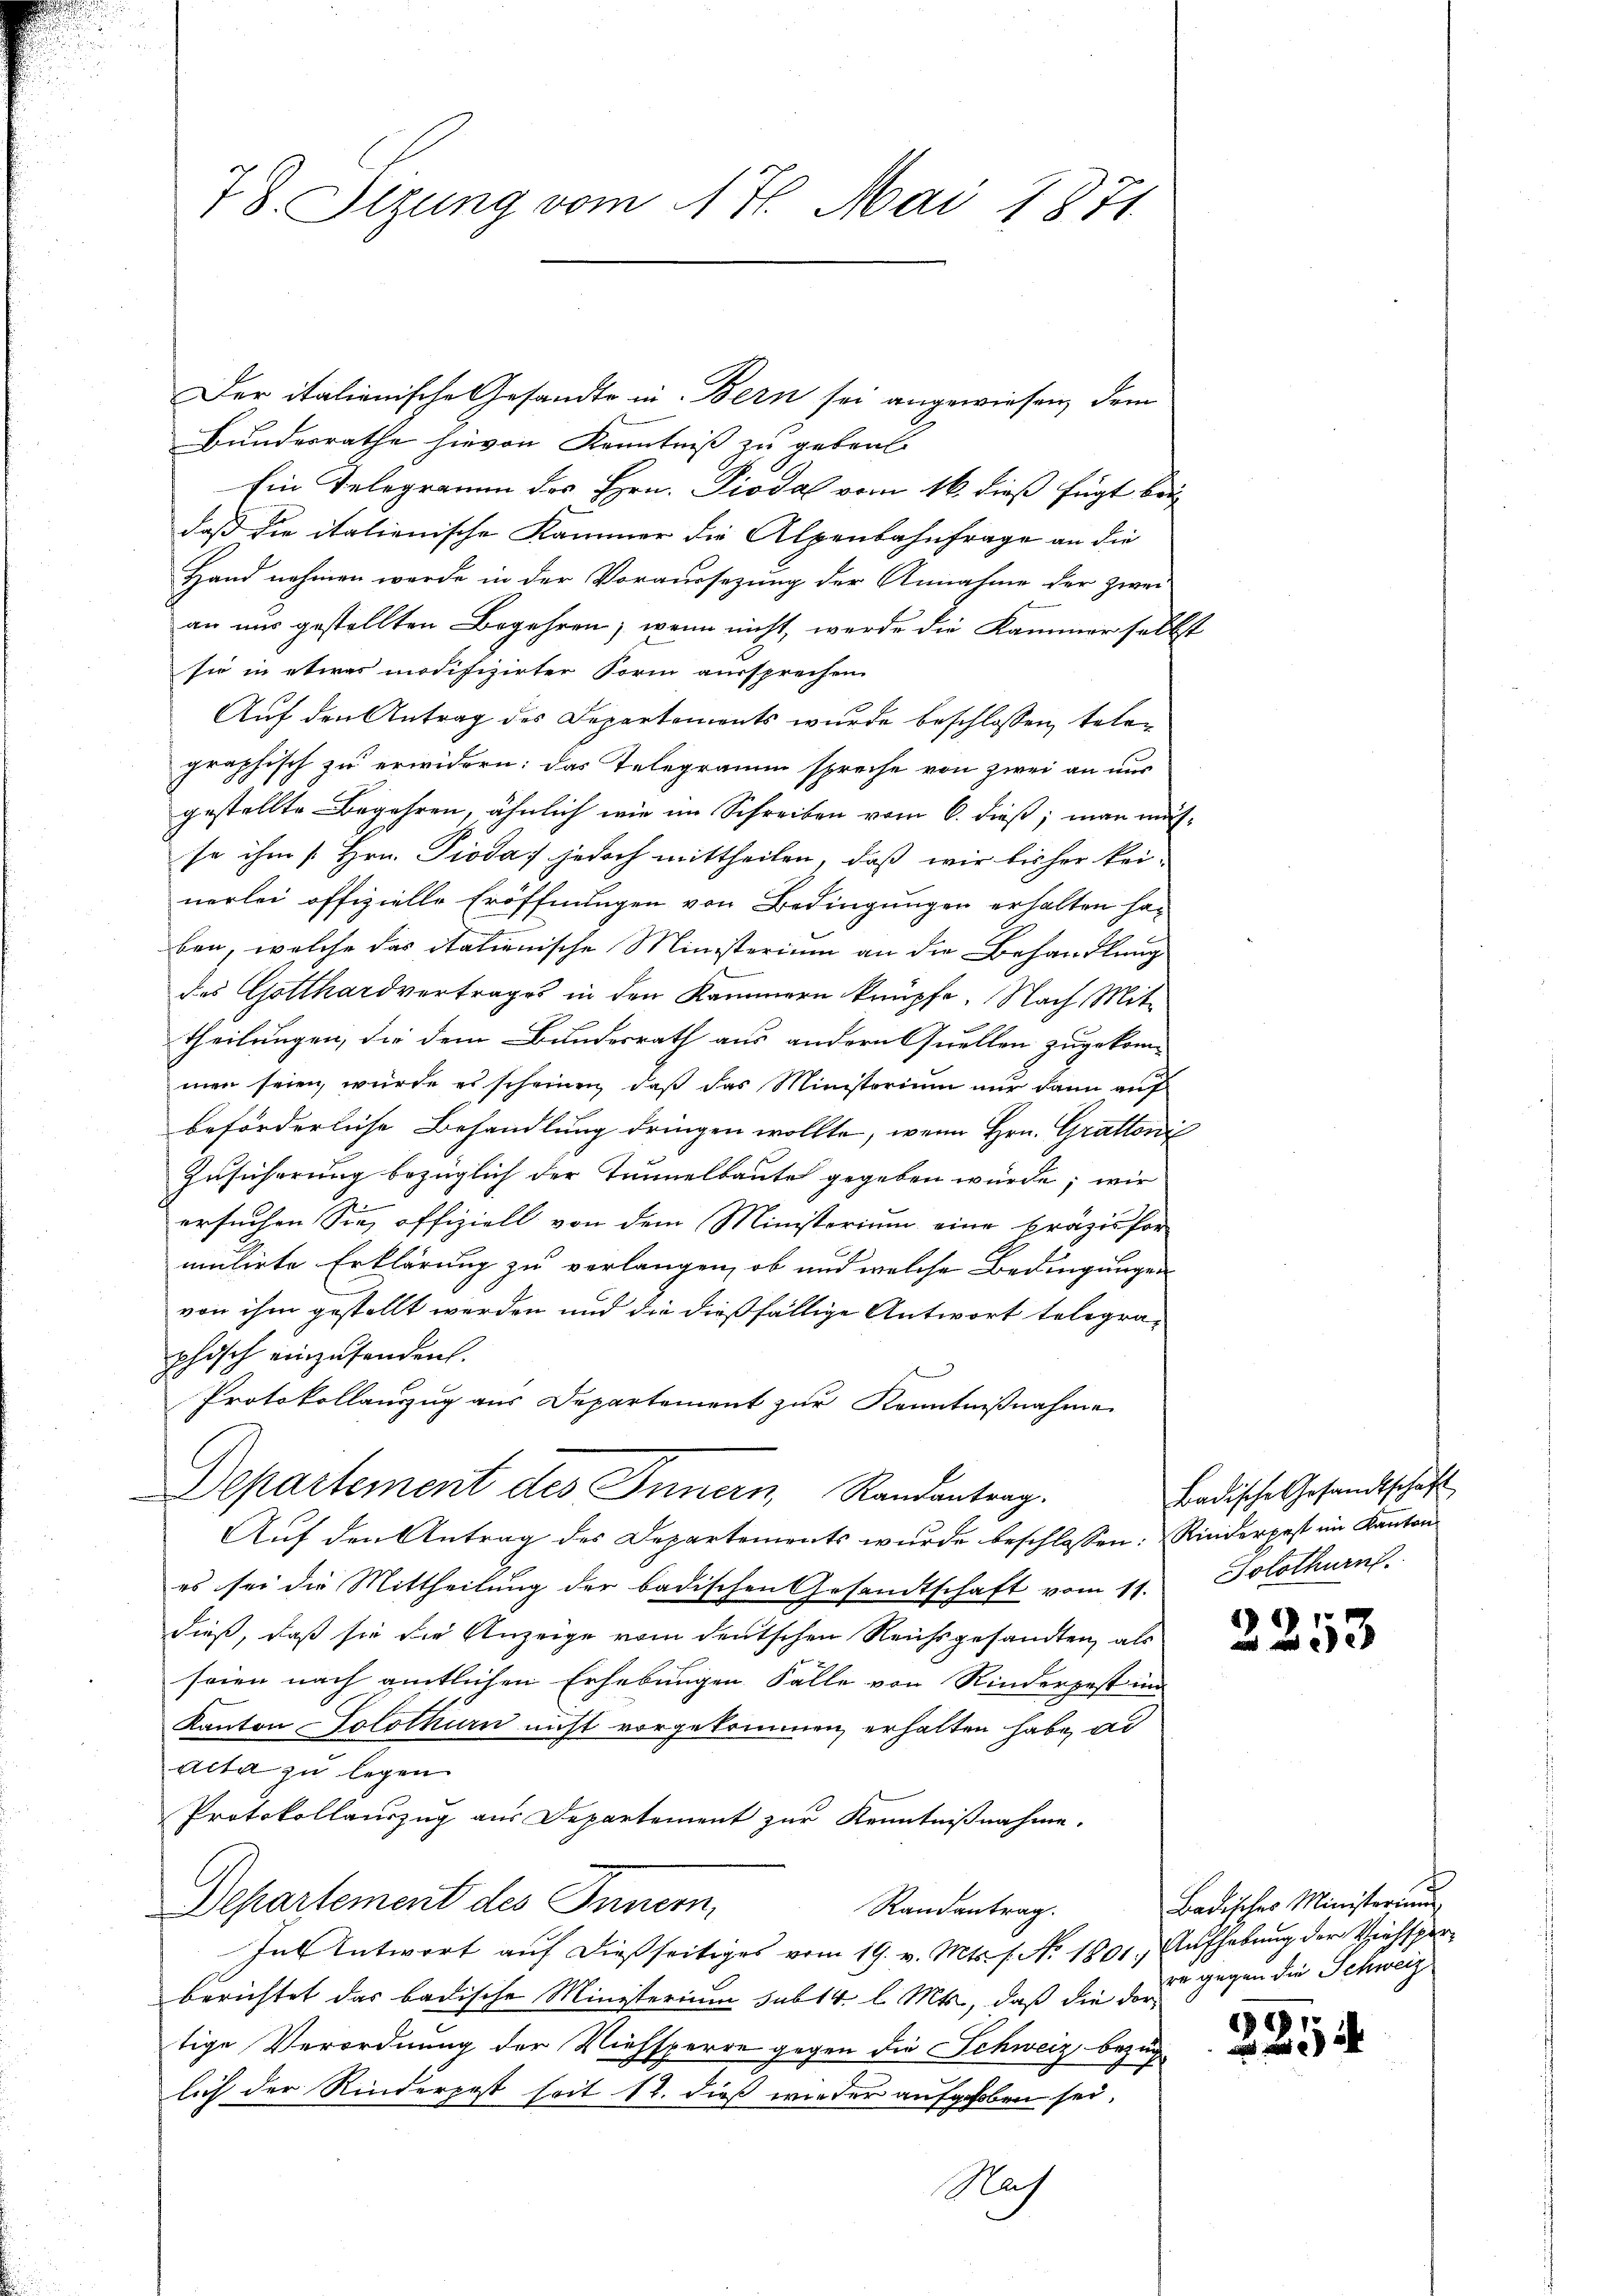
Der italienische Gesandte in Bern sei angewiesen, dem
Bundesrathe hievon Kenntniß zu gebrate
Ein Telegramm des Hrn. Diodal vom 16. dieß fügt bei
daß die italienische Kammer die Alpenbahnfrage an die
Hand nehmen werde in der Voraussezung der Annahme der zwei
an nur gestellten Begehren, wenn nicht, werde die Kammer selbst
sie in etwas modifizirter Form aussprechen.
Auf den Antrag des Departements wurde beschlossen, telen
graphisch zu erwidern: das Telegramm spreche von zwei an nur
gestellte Begehren, ähnlich wie im Schreiben vom 6. dieß; man müsse ihm [Hrn. Pioda jedoch mittheilen, daß wir bisher kei-
nerlei offizielle Eröffnungen von Bedingungen erhalten haben, welche das italienische Ministerium an die Behandlung
das Gotthardvertrages in den Kammern knüpfe. Nach Mittheilungen, die dem Bundesrath aus andern Quellen zugekom-
men seien, wurde es scheinen, daß das Ministerium nur dann auf
beförderliche Behandlung dringen wollte, wenn Hrn. Grattoni
Zusicherung bezüglich der Tunnelbaute gegeben würde; wir
ersuchen Sie, offiziell von dem Ministerium eine Präzisfor
mulirte Erklärung zu verlangen, ob und welche Bedingungen
von ihm gestellt werden und die dießfällige Antwort telegraphisch einzufanden.
Protokollauszug aus Departement zur Kenntnißnahme
Departement des Innern, Randantrag.
Auf den Antrag des Departements wurde beschlossen: Rinderpest im Kanton
es sei die Mittheilung der badischen Gesandtschaft vom 11.
dieß, daß sie die Anzeige vom deutschen Reichsgesandten, als
seien nach amtlichen Erhebungen Falle von Rinderpest im
Kanton Solothurn nicht vorgekommen, erhalten habe, ad
Acta zu legen
Protokollauszug aus Departement zur Kenntnißnahme.
Departement des Innern,
Randantrag.
In Antwort auf dießseitiges vom 19. v. Mts. s. No. 1801. Aufhebung der Viehsperberichtet das badische Ministerium sub 14. l. Mts., daß die dortige Verordnung der Viehsperre gegen die Schweiz bezug
lich der Rinderpost seit 12. dieß wieder aufgehoben sei.
Nach

78. Sizung vom 17. Mai 1871

Badische Gesandtschaft
Solothurn.

g
2250

Badisches Ministerium
re gegen die Schweiz.

225.